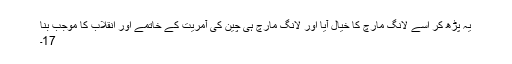
یہ پڑھ کر اسے لانگ مارچ کا خیال آیا اور لانگ مارچ ہی چین کی آمریت کے خاتمے اور انقلاب کا موجب بنا
17۔